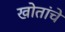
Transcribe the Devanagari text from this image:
खोतांचे